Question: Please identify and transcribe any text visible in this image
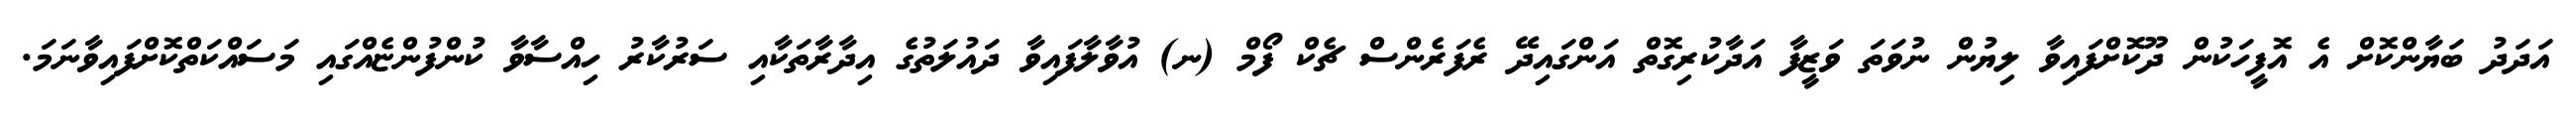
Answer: އަދަދު ބަޔާންކޮށް އެ އޮފީހަކުން ދޫކޮށްފައިވާ ލިޔުން ނުވަތަ ވަޒީފާ އަދާކުރިގޮތް އަންގައިދޭ ރެފަރެންސް ޗެކް ފޯމް (ނ) އުވާލާފައިވާ ދައުލަތުގެ އިދާރާތަކާއި ސަރުކާރު ހިއްސާވާ ކުންފުންޏެއްގައި މަސައްކަތްކޮށްފައިވާނަމަ.